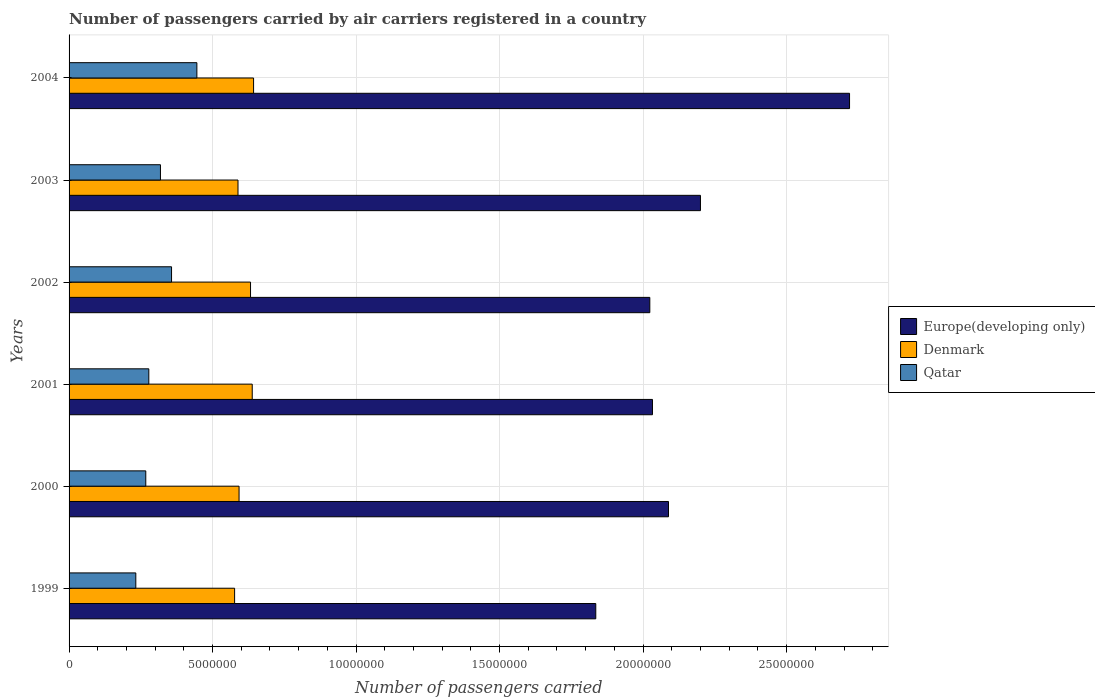
| Years | Europe(developing only) | Denmark | Qatar |
 | --- | --- | --- | --- |
 | 1999 | 1.84e+07 | 5.77e+06 | 2.33e+06 |
 | 2000 | 2.09e+07 | 5.92e+06 | 2.67e+06 |
 | 2001 | 2.03e+07 | 6.38e+06 | 2.78e+06 |
 | 2002 | 2.02e+07 | 6.32e+06 | 3.57e+06 |
 | 2003 | 2.2e+07 | 5.89e+06 | 3.18e+06 |
 | 2004 | 2.72e+07 | 6.43e+06 | 4.45e+06 |